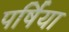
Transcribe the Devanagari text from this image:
पर्षिया